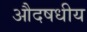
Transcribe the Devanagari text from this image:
औदषधीय